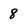
Character: 8